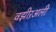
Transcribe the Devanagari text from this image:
वझीऱअली